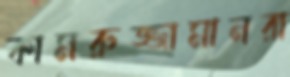
কামরুজ্জামানরা